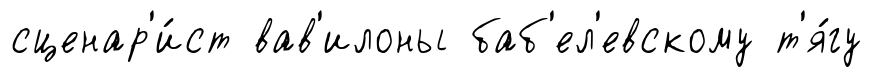
сценар'и́ст вав'илоны баб'ел'евскому т'я́гу